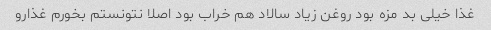
غذا خیلی بد مزه بود روغن زیاد سالاد هم خراب بود اصلا نتونستم بخورم غذارو